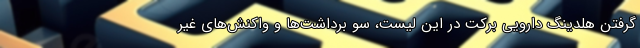
گرفتن هلدینگ دارویی برکت در این لیست، سو برداشت‌ها و واکنش‌های غیر